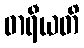
ဓာရီယတိ